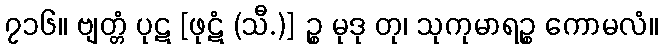
၇၁၆။ ဗျတ္တံ ပုဋ [ဖုဋံ (သီ.)] ဉ္စ မုဒု တု၊ သုကုမာရဉ္စ ကောမလံ။